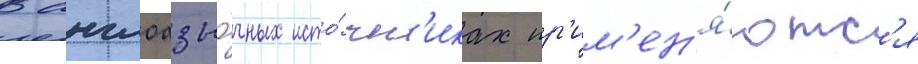
В англоазы́чных исто́чн'иках пр'им'ен'я́ютс'я